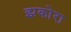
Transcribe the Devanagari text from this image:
झकोरा